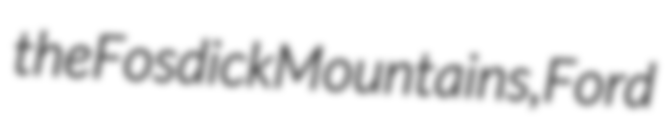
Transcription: the Fosdick Mountains, Ford